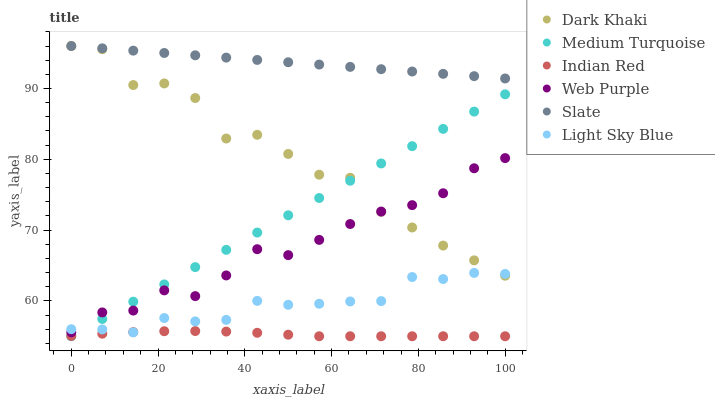
| xaxis_label | Dark Khaki | Medium Turquoise | Indian Red | Web Purple | Slate | Light Sky Blue |
 | --- | --- | --- | --- | --- | --- | --- |
 | 0 | 96 | 55 | 55 | 55.6 | 96 | 56 |
 | 7.14 | 95.5 | 57.4 | 55.4 | 58.4 | 95.7 | 56 |
 | 14.3 | 90.5 | 59.9 | 55.6 | 58.6 | 95.3 | 55.5 |
 | 21.4 | 90.7 | 62.3 | 55.7 | 61.5 | 95 | 57.6 |
 | 28.6 | 88.7 | 64.8 | 55.7 | 60.7 | 94.7 | 57.1 |
 | 35.7 | 82.9 | 67.2 | 55.7 | 63.6 | 94.4 | 57.3 |
 | 42.9 | 83.5 | 69.6 | 55.5 | 67.3 | 94 | 60 |
 | 50 | 80.8 | 72.1 | 55.2 | 66.5 | 93.7 | 59.4 |
 | 57.1 | 77.8 | 74.5 | 55 | 68.6 | 93.4 | 59.6 |
 | 64.3 | 77.4 | 77 | 55 | 70.9 | 93.1 | 59.9 |
 | 71.4 | 72.6 | 79.4 | 55 | 72.6 | 92.7 | 60 |
 | 78.6 | 70.4 | 81.9 | 55 | 73.5 | 92.4 | 63.4 |
 | 85.7 | 67.8 | 84.3 | 55 | 75.2 | 92.1 | 63.1 |
 | 92.9 | 65.7 | 86.7 | 55 | 78.7 | 91.7 | 63.9 |
 | 100 | 63.6 | 89.2 | 55 | 80.2 | 91.4 | 63.8 |